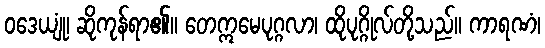
ဝဒေယျုံ၊ ဆိုကုန်ရာ၏။ တေဣမေပုဂ္ဂလာ၊ ထိုပုဂ္ဂိုလ်တို့သည်။ ကာရဏံ၊